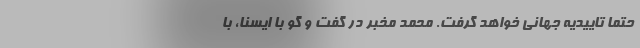
حتما تاییدیه جهانی خواهد گرفت. محمد مخبر در گفت و گو با ایسنا، با